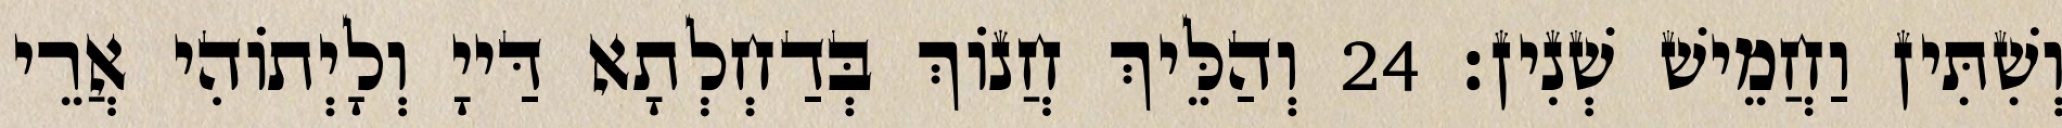
וְשִׁתִּין וַחֲמֵישׁ שְׁנִין׃ 24 וְהַלֵּיךְ חֲנוֹךְ בְּדַחְלְתָא דַּייָ וְלָיְתוֹהִי אֲרֵי